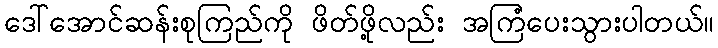
ဒေါ်အောင်ဆန်းစုကြည်ကို ဖိတ်ဖို့လည်း အကြံပေးသွားပါတယ်။